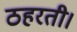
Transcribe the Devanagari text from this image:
ठहरती।